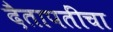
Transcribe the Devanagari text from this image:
दैतापतींचा